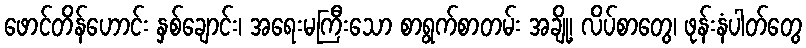
ဖောင်တိန်ဟောင်း နှစ်ချောင်း၊ အရေးမကြီးသော စာရွက်စာတမ်း အချို့၊ လိပ်စာတွေ၊ ဖုန်းနံပါတ်တွေ